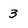
Character: 3